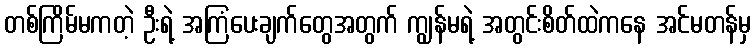
တစ်ကြိမ်မကတဲ့ ဦးရဲ့ အကြံပေးချက်တွေအတွက် ကျွန်မရဲ့ အတွင်းစိတ်ထဲကနေ အင်မတန်မှ